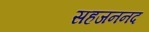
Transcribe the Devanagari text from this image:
सहजननद